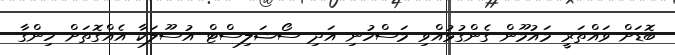
ބޮޑަށް ވައްތަރީ މައުމޫން ގެންގުޅުއްވި މަސްހުނި އަދި ސޯޝަލިސްޓް އުސޫލަކާ އެއްގޮތަށް ހިންގާ